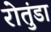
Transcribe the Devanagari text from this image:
रोतुंडा